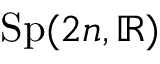
{ \mathrm { S p } } ( 2 n , \mathbb { R } )